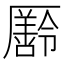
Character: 𠫄